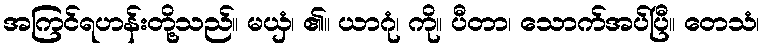
အကြင်ရဟန်းတို့သည်။ မယှံ၊ ၏။ ယာဂုံ၊ ကို။ ပီတာ၊ သောက်အပ်ပြီ။ တေသံ၊